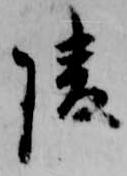
陵